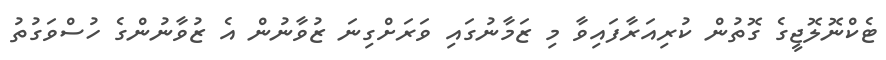
ޓެކްނޮލޮޖީގެ ގޮތުން ކުރިއަރާފައިވާ މި ޒަމާނުގައި ވަރަށްގިނަ ޒުވާނުން އެ ޒުވާނުންގެ ހުސްވަގުތު